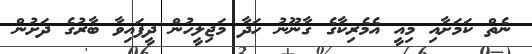
ނެތް ކަމަށާއި މިއީ އެމެރިކާގެ ގާނޫނު ހަދާ މަޖިލީހުން ދީފައިވާ ބާރުގެ ދަށުން